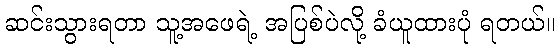
ဆင်းသွားရတာ သူ့အဖေရဲ့ အပြစ်ပဲလို့ ခံယူထားပုံ ရတယ်။